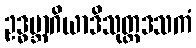
ဥဒ္ဓမ္ဘာဂိယာဒိသုတ္တဒသကံ